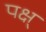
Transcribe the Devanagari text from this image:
पक्ष्